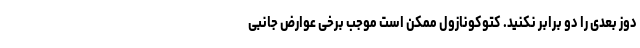
دوز بعدی را دو برابر نکنید. کتوکونازول ممکن است موجب برخی عوارض جانبی